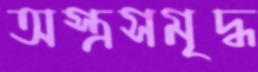
অস্ত্রসমৃদ্ধ